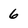
Character: 6